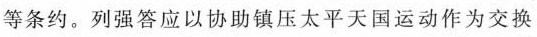
等条约。列强答应以协助镇压太平天国运动作为交换